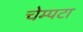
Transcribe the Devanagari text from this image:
चेम्पटा